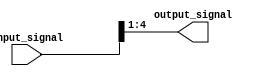
module part_select_assign (
    input [7:0] input_signal,
    output reg [3:0] output_signal
);

always @(*) begin
    output_signal = input_signal[4:1];
end

endmodule